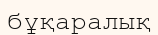
бұқаралық